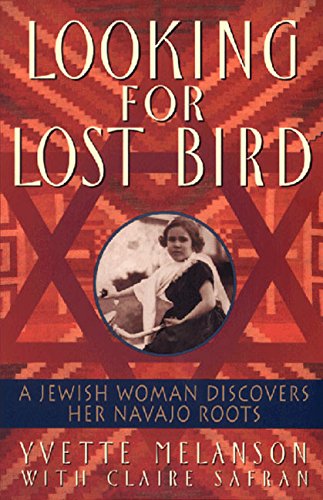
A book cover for Looking for Lost Bird: A Jewish Woman Discovers Her Navajo Roots; Yvette Melanson; Parenting & Relationships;